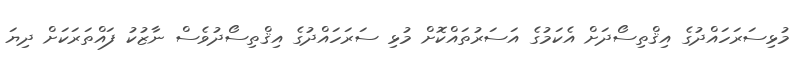
މުޅިސަރަހައްދުގެ އިޤްތިސޯދަށް އެކަމުގެ އަސަރުތައްކޮށް މުޅި ސަރަހައްދުގެ އިޤްތިސޯދުވެސް ނާޒުކު ފައްތަރަކަށް ދިޔަ